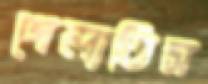
গেলাতিস